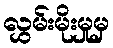
လွှမ်းမိုးမှုမှ